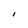
Character: I